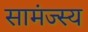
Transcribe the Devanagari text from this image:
सामंज्स्य